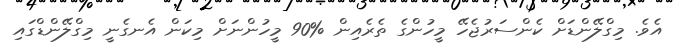
އެވެ. މިގްލޭންޑަށް ކެންސަރުޖެހޭ މީހުންގެ ތެރެއިން %90 މީހުންނަށް މިކަން އެނގެނީ މިގްލޭންޑްގައި